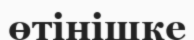
өтінішке